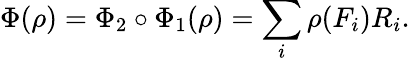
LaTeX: \Phi(\rho)=\Phi_{2}\circ\Phi_{1}(\rho)=\sum_{i}\rho(F_{i})R_{i}.